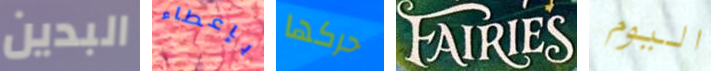
البدين بإعطاء حركها FAIRIES اليوم